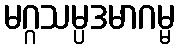
မဂ္ဂသမ္ပဒမာဂမ္မ